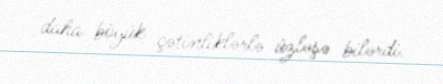
daha böyük çətinliklərlə üzləşə bilərdi.